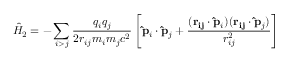
{ \hat { H } } _ { 2 } = - \sum _ { i > j } { \frac { q _ { i } q _ { j } } { 2 r _ { i j } m _ { i } m _ { j } c ^ { 2 } } } \left[ \mathbf { \hat { p } } _ { i } \cdot \mathbf { \hat { p } } _ { j } + { \frac { ( \mathbf { r _ { i j } } \cdot \mathbf { \hat { p } } _ { i } ) ( \mathbf { r _ { i j } } \cdot \mathbf { \hat { p } } _ { j } ) } { r _ { i j } ^ { 2 } } } \right]